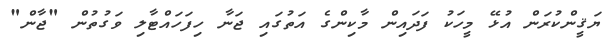
ޔަޤީންކުރަން އުޅޭ މީހަކު ފަދައިން މާކިންގެ އަތުގައި ޖަނާ ހިފަހައްޓާލި ވަގުތުން "ޖާން"